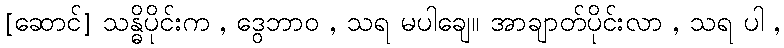
[ဆောင်] သန္ဓိပိုင်းက , ဒွေဘာဝ , သရ မပါချေ။ အာချာတ်ပိုင်းလာ , သရ ပါ ,